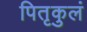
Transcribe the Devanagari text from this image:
पितृकुलं